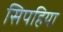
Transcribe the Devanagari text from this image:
सिपहिया